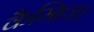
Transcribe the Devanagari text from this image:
कैम्ब्रिज।